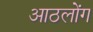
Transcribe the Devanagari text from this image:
आठलोंग